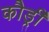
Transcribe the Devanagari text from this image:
कौर्ड्री